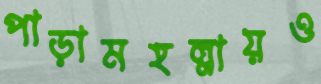
পাড়ামহল্লায়ও